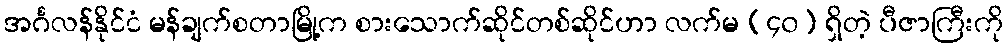
အင်္ဂလန်နိုင်ငံ မန်ချက်စတာမြို့က စားသောက်ဆိုင်တစ်ဆိုင်ဟာ လက်မ (၄၀) ရှိတဲ့ ပီဇာကြီးကို